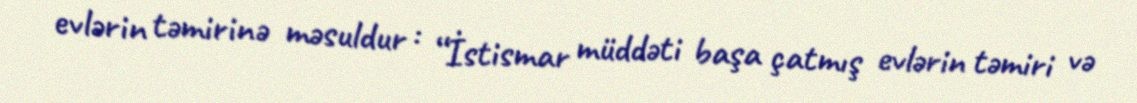
evlərin təmirinə məsuldur : “İstismar müddəti başa çatmış evlərin təmiri və